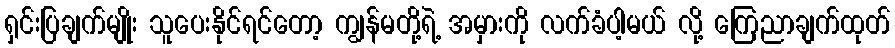
ရှင်းပြချက်မျိုး သူပေးနိုင်ရင်တော့ ကျွန်မတို့ရဲ့ အမှားကို လက်ခံပါ့မယ် လို့ ကြေညာချက်ထုတ်